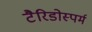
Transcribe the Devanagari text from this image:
टैरिडोस्पर्म